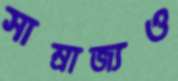
সাম্রাজ্যও